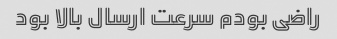
راضی بودم سرعت ارسال بالا بود